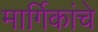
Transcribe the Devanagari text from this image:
मार्गिकांचे